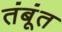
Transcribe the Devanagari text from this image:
तंबूंत